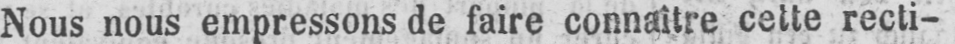
Nous nous empressons de faire connaître cette recti-